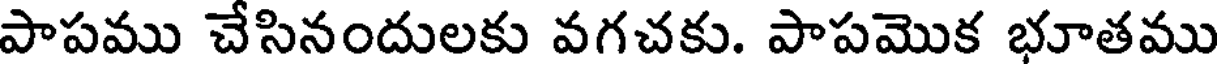
పాపము చేసినందులకు వగచకు. పాపమొక భూతము